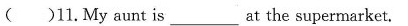
( )11.My aunt is ___ at the supermarket.